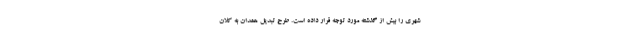
شهری را بیش از گذشته مورد توجه قرار داده است. طرح تبدیل همدان به کلان